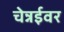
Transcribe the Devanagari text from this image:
चेन्नईवर